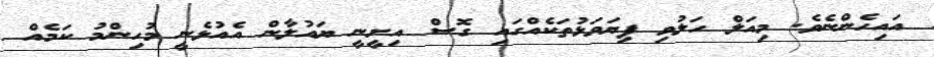
އައިހެންނެވެ. މިއަލް ހަލުވި ފިޔަވަޅުތަކެއްގައި ގޮސް އިށީނީ ޔައުލާން އެއުޅެނީ މުހިންމު ކަމެއް